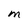
Character: M